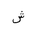
Letter: _shin